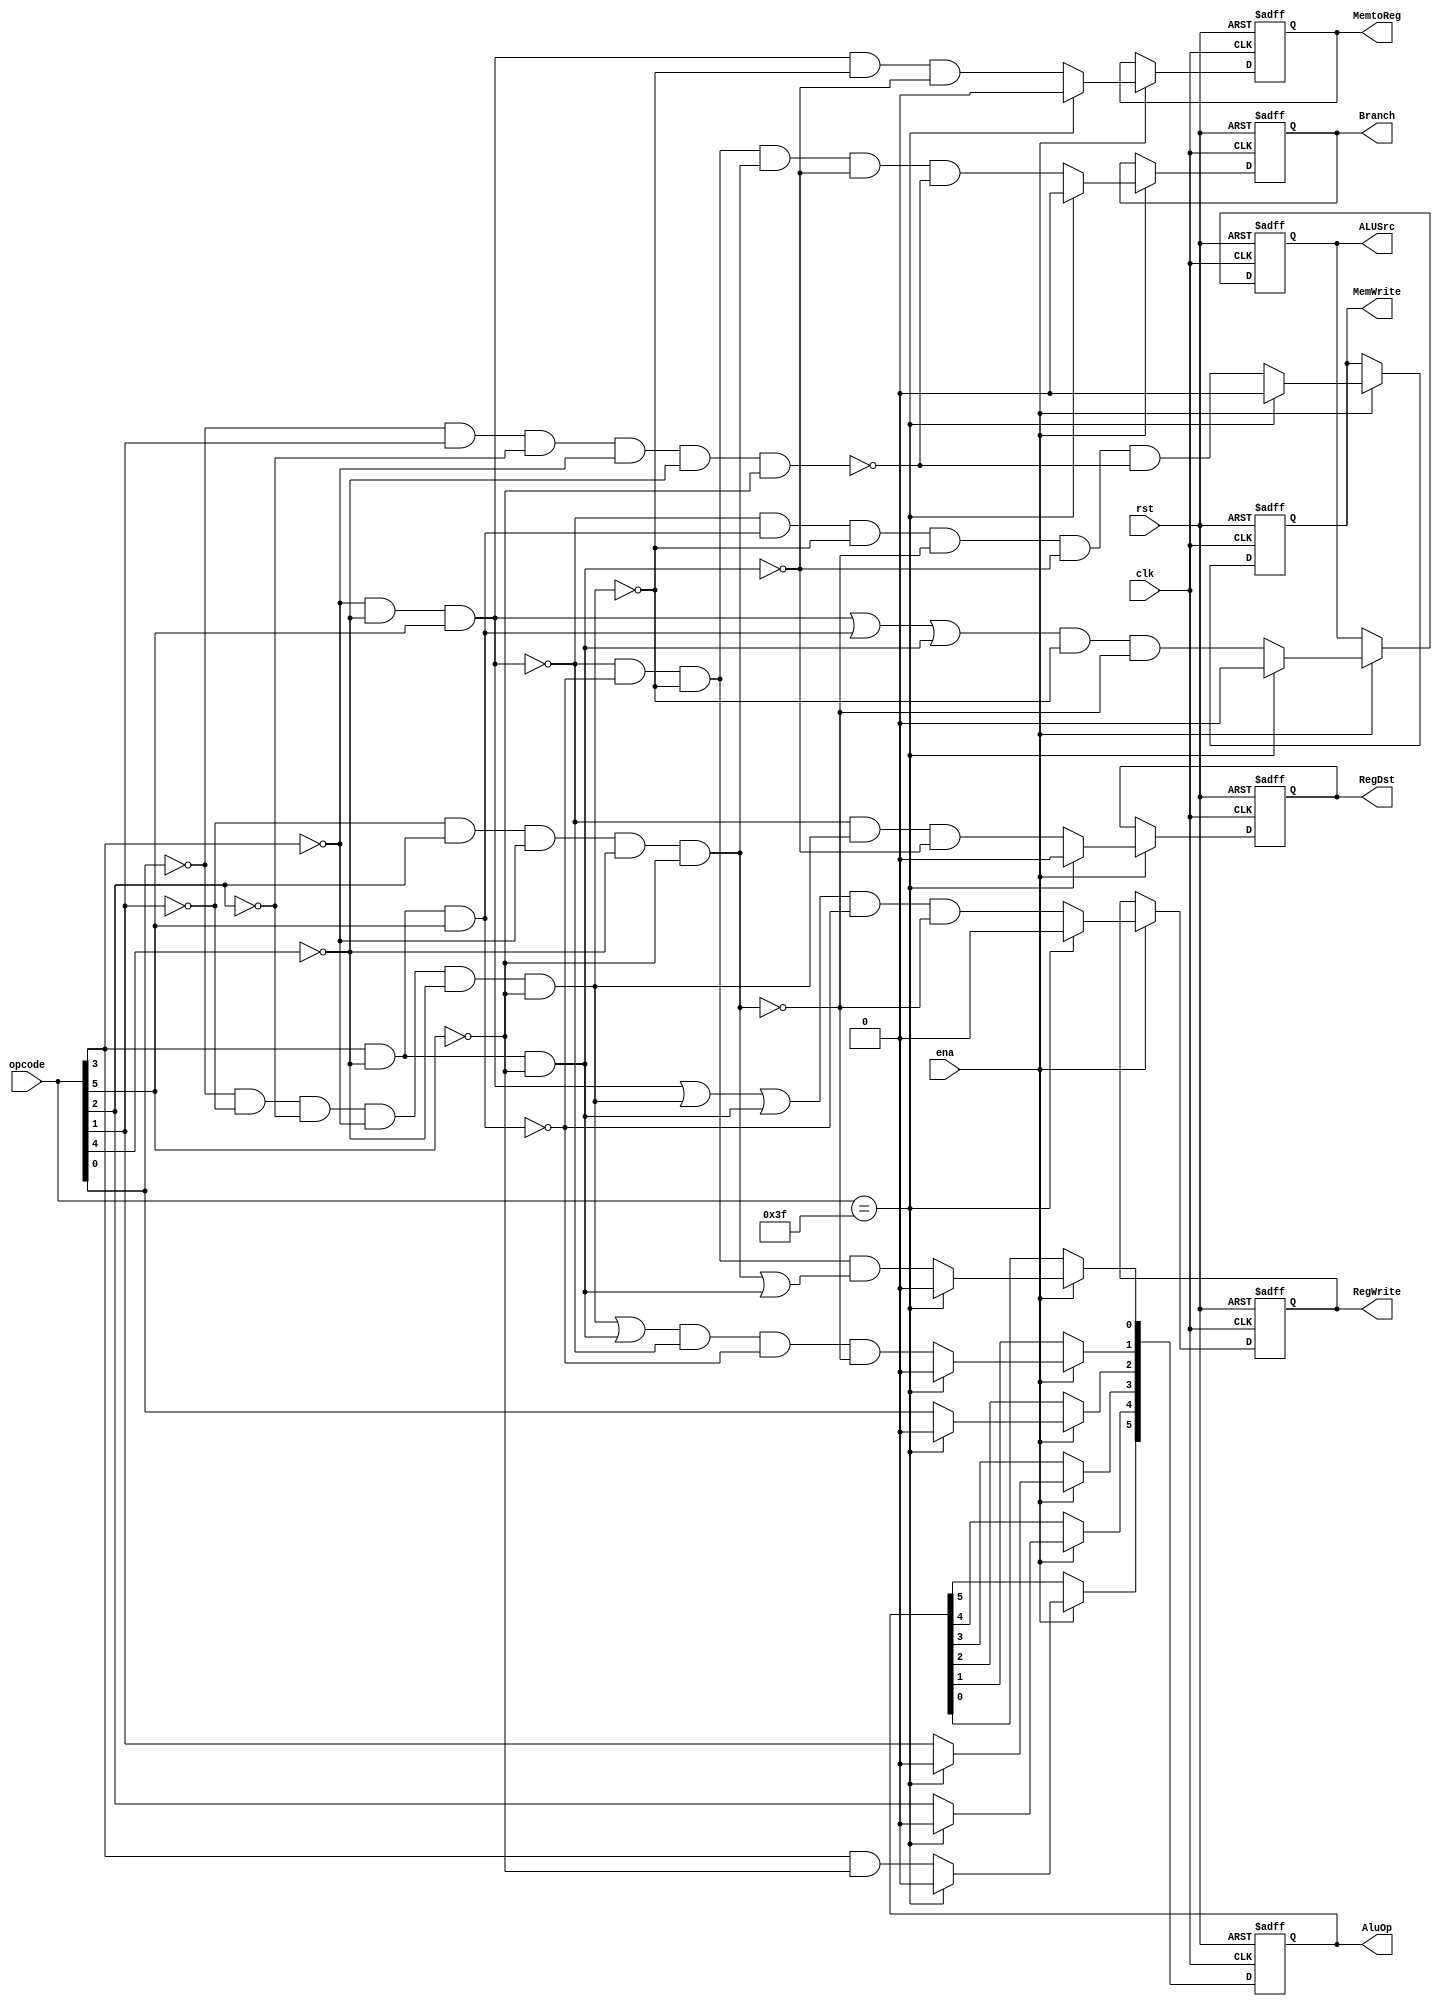
`timescale 1ns / 1ps
//////////////////////////////////////////
// Module Name:    ctrl_unit
// Description: 
//////////////////////////////////////////
module ctrl_unit(
	 input clk,
	 input rst,
	 input ena,
    input [5:0] opcode,
	 output reg Branch,
	 output reg MemWrite,
	 output reg MemtoReg,
	 output reg RegDst,
	 output reg RegWrite,
	 output reg ALUSrc,
	 output reg [5:0] AluOp
	);
	
	assign load		= (~opcode[3]) && (~opcode[4]) && opcode[5];
	assign store	= opcode[3] && (~opcode[4]) && opcode[5];
	assign i_type	= opcode[3] && (~opcode[4]) && (~opcode[5]);
	assign b_type	= (~opcode[1])&&opcode[2]&&(~opcode[3])&&(~opcode[4])&&(~opcode[5]);
	assign r_type	= (~opcode[0])&&(~opcode[1])&&(~opcode[2])&&(~opcode[3])&&(~opcode[4])&&(~opcode[5]);
	assign j 		= (~opcode[0])&&(opcode[1])&&(~opcode[2])&&(~opcode[3])&&(~opcode[4])&&(~opcode[5]);
	
	always @(posedge clk or posedge rst) begin
		if (rst == 1) begin
			Branch 	<= 0;
			MemWrite <= 0;
			MemtoReg <= 0;
			RegDst 	<= 0;
			RegWrite <= 0;
			ALUSrc 	<= 0;
			AluOp 	<= 0;
		end
		else begin
			if(ena) begin
				if (opcode == 6'b111111) begin
					Branch 	<= 0;
					MemWrite <= 0;
					MemtoReg <= 0;
					RegDst 	<= 0;
					RegWrite <= 0;
					ALUSrc 	<= 0;
					AluOp 	<= 0;
				end
				else begin
					Branch 		<= (~load) && (~store) && (~r_type) && b_type && (~i_type) && (~j);	//Instruccion que realiza un branch
					MemWrite 	<= (~load) && store && (~r_type) && (~b_type) && (~i_type) && (~j);	//La instruccion desencadena una escritura en memoria
					MemtoReg 	<= load && (~r_type) && (~i_type);																						//La instruccion guarda un dato de memoria en un registro
					RegDst 		<= (~load) && (r_type) && (~i_type);																			//Un dato se guardara en el registro
					RegWrite 	<= (load || r_type || i_type) &&(~store) && (~b_type);											//Se escribira en un registro
					ALUSrc 		<= (load || store || i_type) && (~r_type) && (~b_type);															//Multiplexor de segunda entrada de la ALU
					AluOp[0] 	<= (~load) && (~store) && (~r_type) && (b_type || i_type);
					AluOp[1] 	<= (r_type || i_type) && (~load) && (~store) && (~b_type);
					AluOp[2] 	<= opcode[0];
					AluOp[3] 	<= opcode[1];
					AluOp[4] 	<= opcode[2];
					AluOp[5] 	<= opcode[3] & (~opcode[5]); // Con este bit en alto, la instruccion es tipo I
				end
			end
		end
	end
	
endmodule